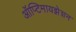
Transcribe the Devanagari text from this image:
ऑप्टिमायझेशन